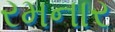
રમનાર